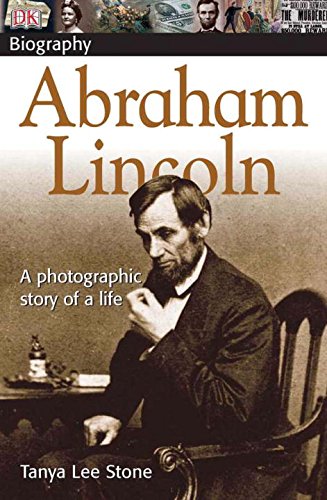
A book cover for DK Biography: Abraham Lincoln; Tanya Lee Stone; Children's Books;